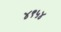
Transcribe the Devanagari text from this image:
४९५४